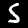
Label: 5